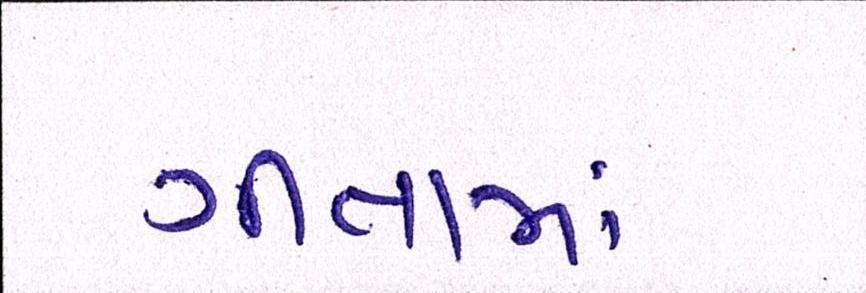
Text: ગીતામાં